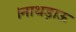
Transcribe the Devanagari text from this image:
।नाथड़ाऊ